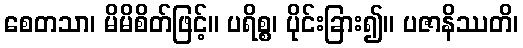
စေတသာ၊ မိမိစိတ်ဖြင့်။ ပရိစ္စ၊ ပိုင်းခြား၍။ ပဇာနိဿတိ၊